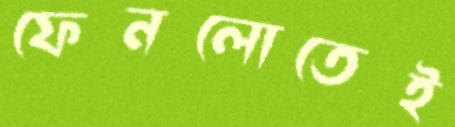
ফেনলোতেই